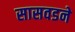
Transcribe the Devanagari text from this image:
सासवडने